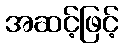
အဆင့်ဖြင့်